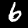
Label: 6